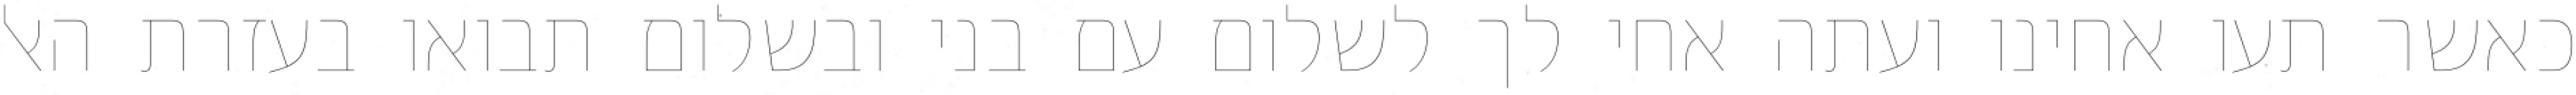
כאשר תעו אחינו ועתה אחי לך לשלום עם בני ובשלום תבואו בעזרת האל